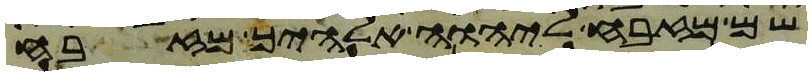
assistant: שם מזבח ליהוה אלהיך מזבח